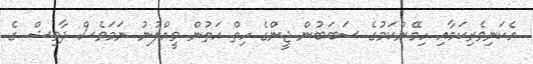
އެކަނިވެރިކަމާއި ހިމޭންކަމުގެ ސަބަބުން ޖީންގެ ހިތް އަތުން ވީއްލުނު ނަމަވެސް ދާވިޝް ގެ